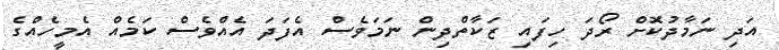
އަދި ނަމާދުކޮށް ރޯދަ ހިފައި ޒަކާތްދިން ނަމަވެސް އެފަދަ އެއްވެސް ކަމެއް އެމީހެއްގެ